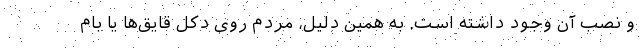
و نصب آن وجود داشته است. به همین دلیل، مردم روی دکل قایق‌ها یا بام